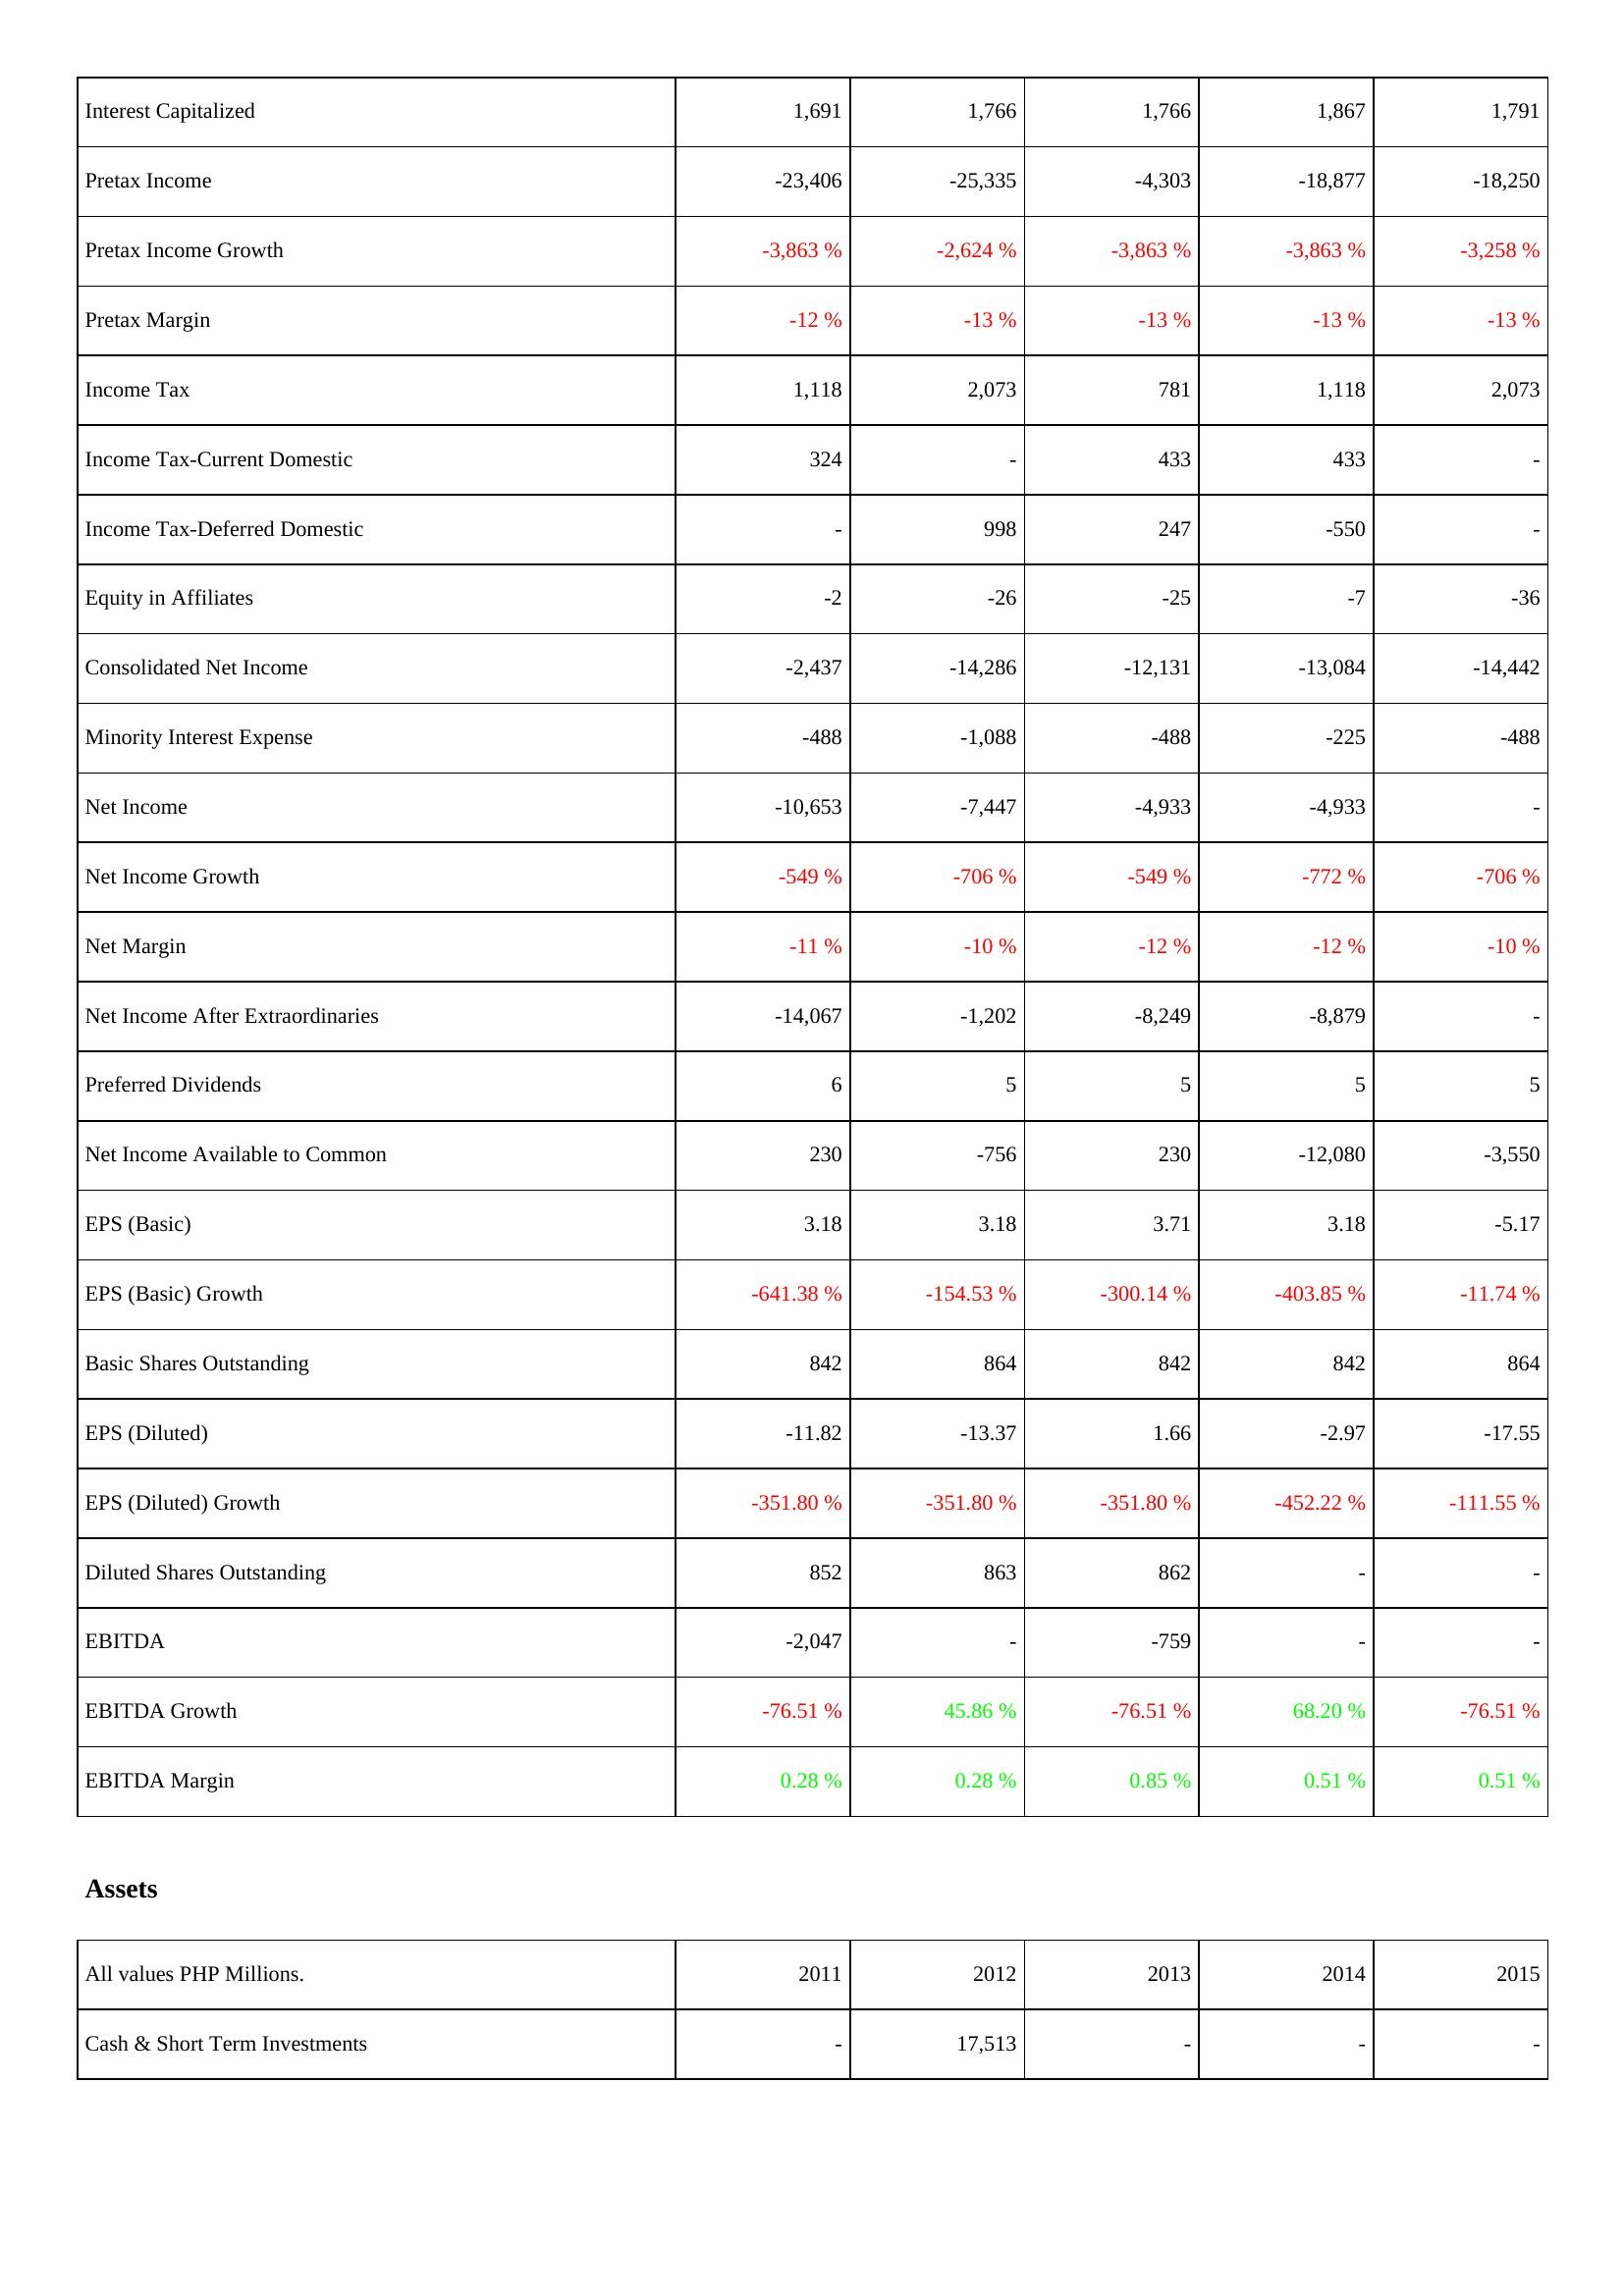
2011: Income Statement: Interest Capitalized: 1,691
Pretax Income: -23,406
Pretax Income Growth: -3,863 %
Pretax Margin: -12 %
Income Tax: 1,118
Income Tax-Current Domestic: 324
Income Tax-Deferred Domestic: -
Equity in Affiliates: -2
Consolidated Net Income: -2,437
Minority Interest Expense: -488
Net Income: -10,653
Net Income Growth: -549 %
Net Margin: -11 %
Net Income After Extraordinaries: -14,067
Preferred Dividends: 6
Net Income Available to Common: 230
EPS (Basic): 3.18
EPS (Basic) Growth: -641.38 %
Basic Shares Outstanding: 842
EPS (Diluted): -11.82
EPS (Diluted) Growth: -351.80 %
Diluted Shares Outstanding: 852
EBITDA: -2,047
EBITDA Growth: -76.51 %
EBITDA Margin: 0.28 %
Assets: Cash & Short Term Investments: -
2012: Income Statement: Interest Capitalized: 1,766
Pretax Income: -25,335
Pretax Income Growth: -2,624 %
Pretax Margin: -13 %
Income Tax: 2,073
Income Tax-Current Domestic: -
Income Tax-Deferred Domestic: 998
Equity in Affiliates: -26
Consolidated Net Income: -14,286
Minority Interest Expense: -1,088
Net Income: -7,447
Net Income Growth: -706 %
Net Margin: -10 %
Net Income After Extraordinaries: -1,202
Preferred Dividends: 5
Net Income Available to Common: -756
EPS (Basic): 3.18
EPS (Basic) Growth: -154.53 %
Basic Shares Outstanding: 864
EPS (Diluted): -13.37
EPS (Diluted) Growth: -351.80 %
Diluted Shares Outstanding: 863
EBITDA: -
EBITDA Growth: 45.86 %
EBITDA Margin: 0.28 %
Assets: Cash & Short Term Investments: 17,513
2013: Income Statement: Interest Capitalized: 1,766
Pretax Income: -4,303
Pretax Income Growth: -3,863 %
Pretax Margin: -13 %
Income Tax: 781
Income Tax-Current Domestic: 433
Income Tax-Deferred Domestic: 247
Equity in Affiliates: -25
Consolidated Net Income: -12,131
Minority Interest Expense: -488
Net Income: -4,933
Net Income Growth: -549 %
Net Margin: -12 %
Net Income After Extraordinaries: -8,249
Preferred Dividends: 5
Net Income Available to Common: 230
EPS (Basic): 3.71
EPS (Basic) Growth: -300.14 %
Basic Shares Outstanding: 842
EPS (Diluted): 1.66
EPS (Diluted) Growth: -351.80 %
Diluted Shares Outstanding: 862
EBITDA: -759
EBITDA Growth: -76.51 %
EBITDA Margin: 0.85 %
Assets: Cash & Short Term Investments: -
2014: Income Statement: Interest Capitalized: 1,867
Pretax Income: -18,877
Pretax Income Growth: -3,863 %
Pretax Margin: -13 %
Income Tax: 1,118
Income Tax-Current Domestic: 433
Income Tax-Deferred Domestic: -550
Equity in Affiliates: -7
Consolidated Net Income: -13,084
Minority Interest Expense: -225
Net Income: -4,933
Net Income Growth: -772 %
Net Margin: -12 %
Net Income After Extraordinaries: -8,879
Preferred Dividends: 5
Net Income Available to Common: -12,080
EPS (Basic): 3.18
EPS (Basic) Growth: -403.85 %
Basic Shares Outstanding: 842
EPS (Diluted): -2.97
EPS (Diluted) Growth: -452.22 %
Diluted Shares Outstanding: -
EBITDA: -
EBITDA Growth: 68.20 %
EBITDA Margin: 0.51 %
Assets: Cash & Short Term Investments: -
2015: Income Statement: Interest Capitalized: 1,791
Pretax Income: -18,250
Pretax Income Growth: -3,258 %
Pretax Margin: -13 %
Income Tax: 2,073
Income Tax-Current Domestic: -
Income Tax-Deferred Domestic: -
Equity in Affiliates: -36
Consolidated Net Income: -14,442
Minority Interest Expense: -488
Net Income: -
Net Income Growth: -706 %
Net Margin: -10 %
Net Income After Extraordinaries: -
Preferred Dividends: 5
Net Income Available to Common: -3,550
EPS (Basic): -5.17
EPS (Basic) Growth: -11.74 %
Basic Shares Outstanding: 864
EPS (Diluted): -17.55
EPS (Diluted) Growth: -111.55 %
Diluted Shares Outstanding: -
EBITDA: -
EBITDA Growth: -76.51 %
EBITDA Margin: 0.51 %
Assets: Cash & Short Term Investments: -